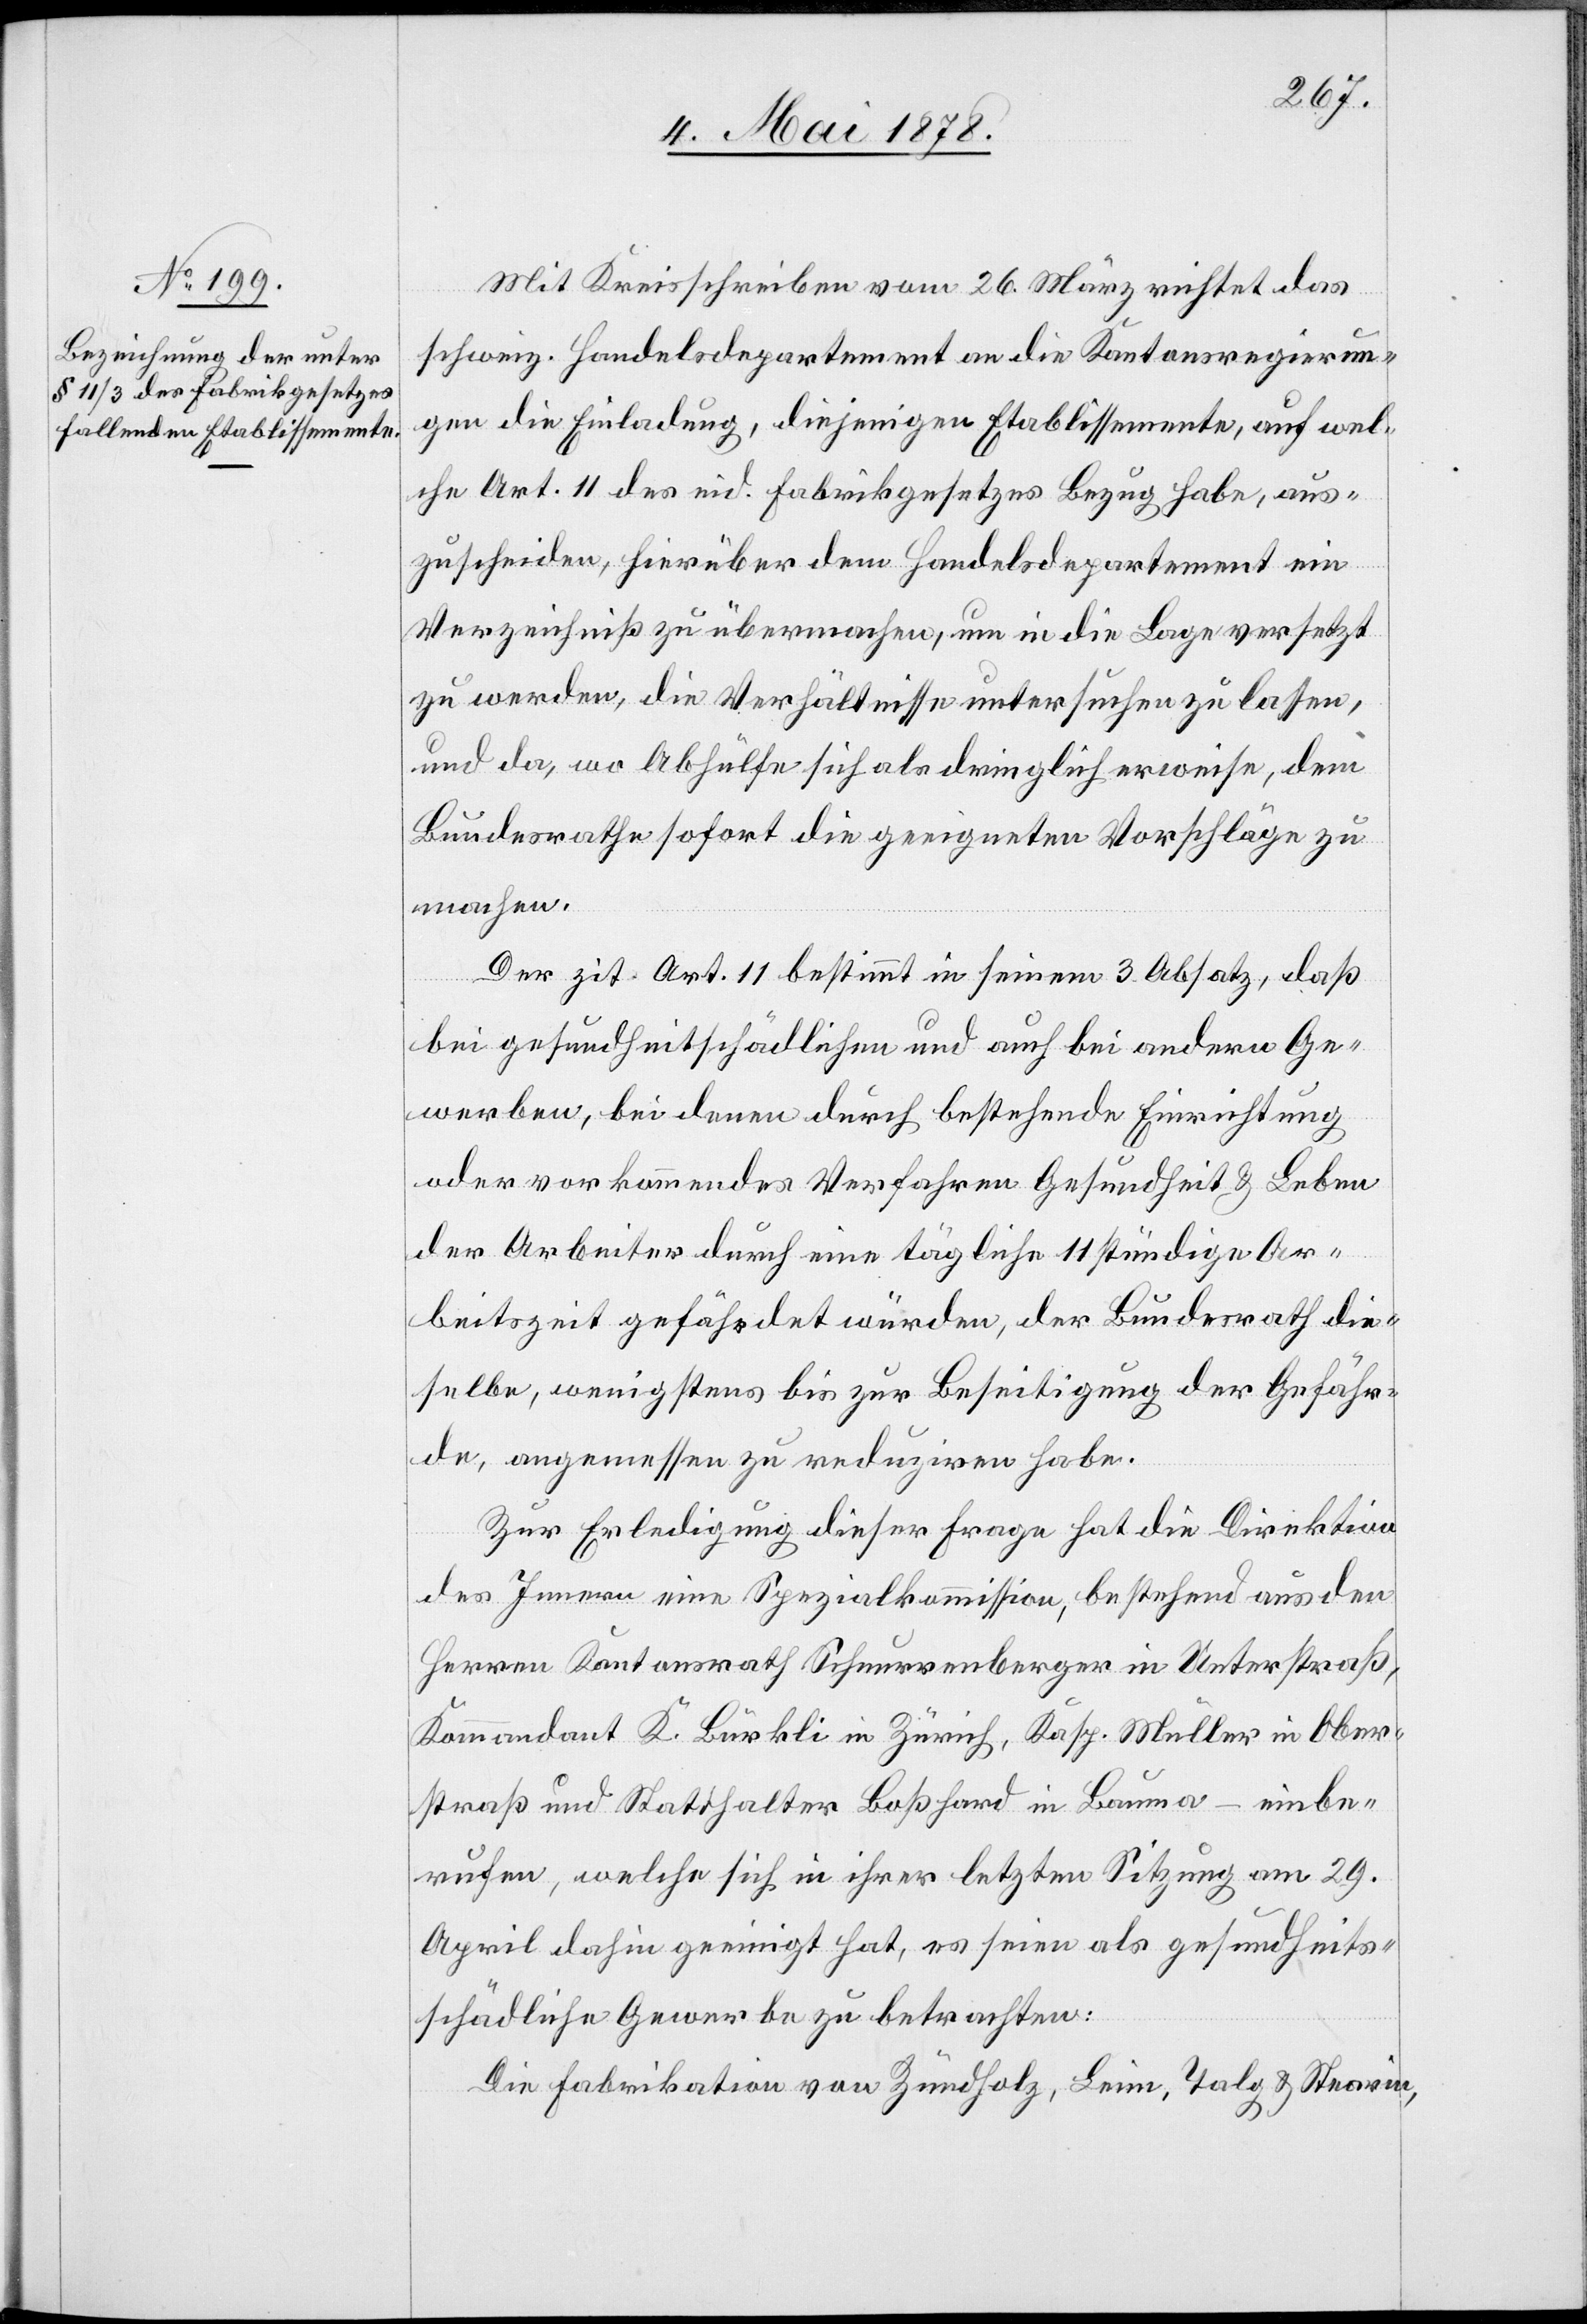
Mit Kreisschreiben vom 26. März richtet das
schweiz. Handelsdepartement an die Kantonsregierun¬
gen die Einladung, diejenigen Etablissemente, auf wel¬
che Art. 11 des eid. Fabrikgesetzes Bezug habe, aus¬
zuscheiden, hierüber dem Handelsdepartement ein
Verzeichniß zu übermachen, um in die Lage versetzt
zu werden, die Verhältnisse untersuchen zu lassen,
und da, wo Abhülfe sich als dringlich erweise, dem
Bundesrathe sofort die geeigneten Vorschläge zu
machen.
Der zit. Art. 11 bestimmt in seinem 3. Absatz, daß
bei gesundheit[s]schädlichen und auch bei andern Ge¬
werben, bei denen durch bestehende Einrichtung
oder vorkommendes Verfahren Gesundheit & Leben
der Arbeiter durch eine tägliche 11 stündige Ar¬
beitszeit gefährdet würde, der Bundesrath die¬
selbe, wenigstens bis zur Beseitigung der Gefähr¬
de, angemessen zu reduziren habe.
Zur Erledigung dieser Frage hat die Direktion
des Innern eine Spezialkommission, bestehend aus den
Herren Kantonsrath Schnurrenberger in Unterstraß,
Kommandant K. Bürkli in Zürich, Kasp. Müller in Ober¬
straß und Statthalter Boßhard in Bauma – einbe¬
rufen, welche sich in ihrer letzten Sitzung am 29.
April dahin geeinigt hat, es seien als gesundheits¬
schädliche Gewerbe zu betrachten:
Die Fabrikation von Zündholz, Leim, Talg & Stearin,